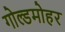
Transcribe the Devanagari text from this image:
गोल्डमोहर